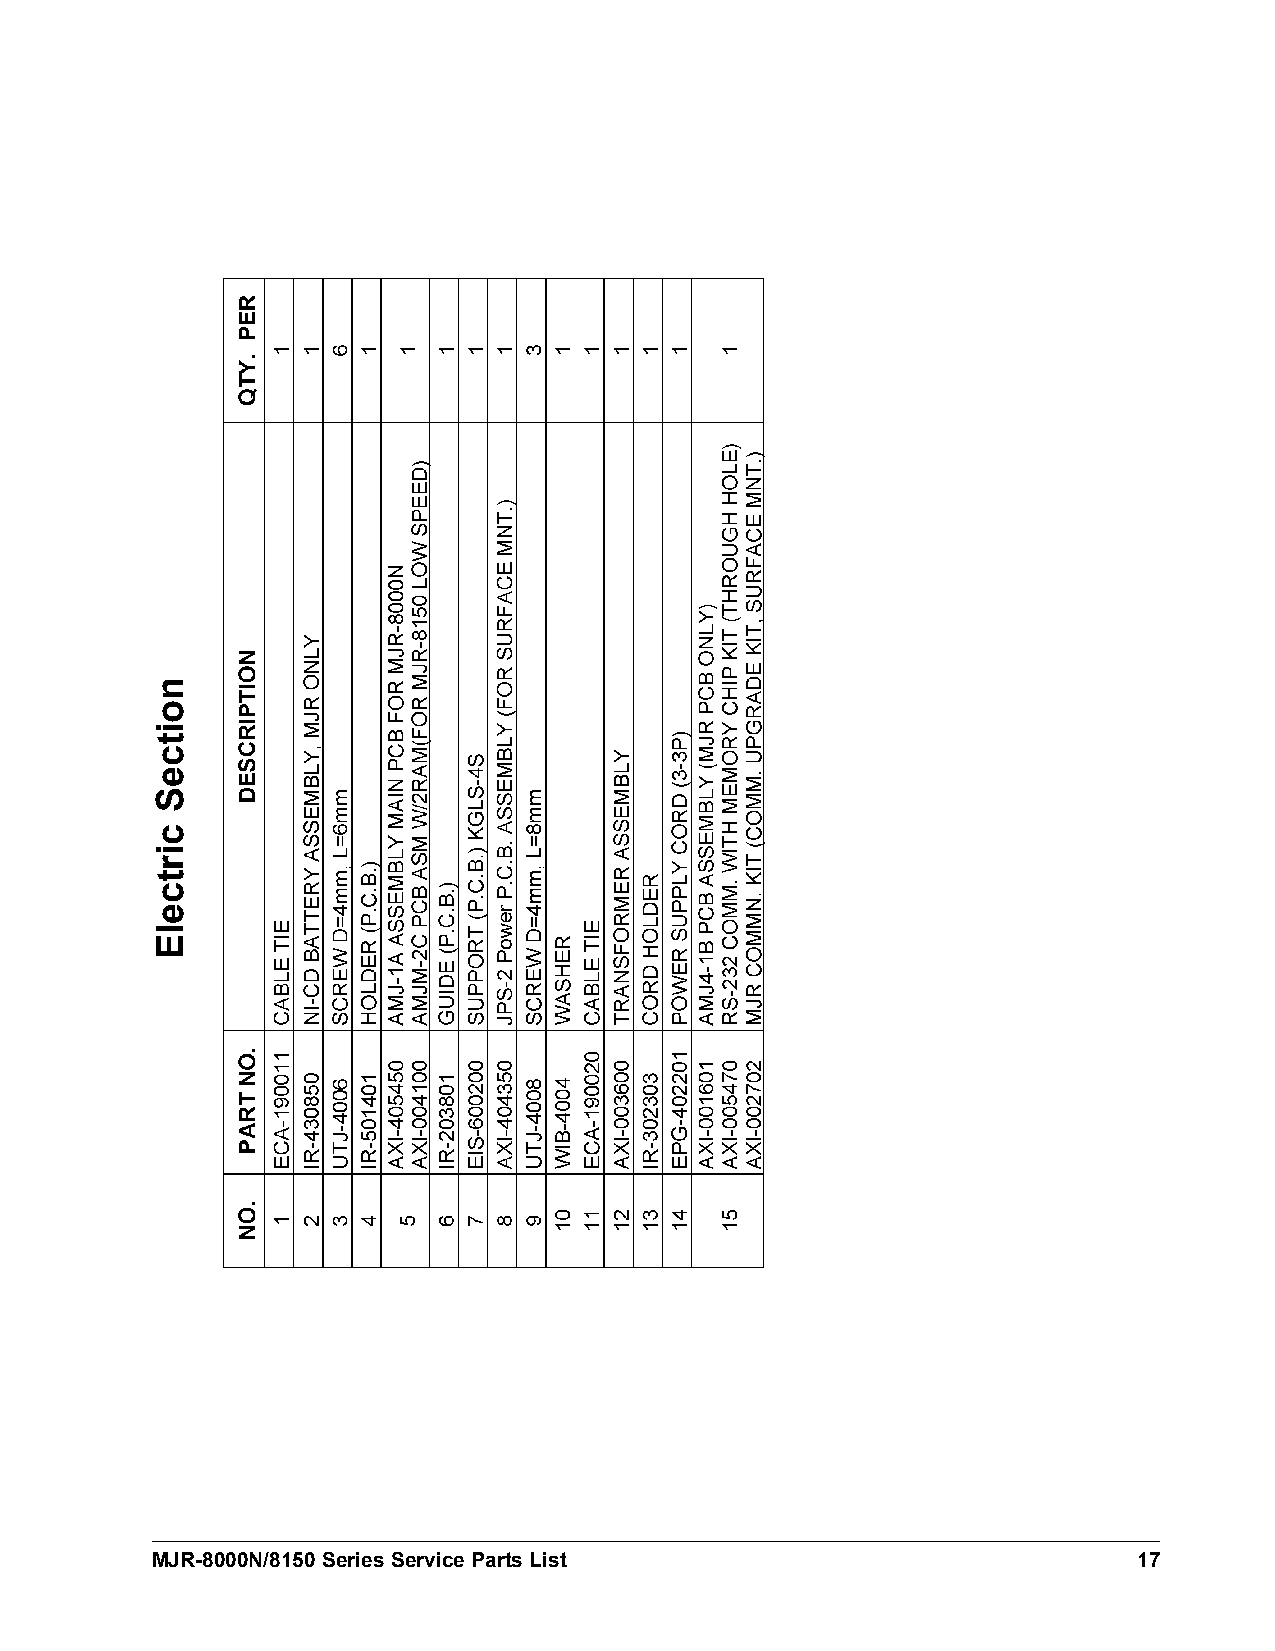
MJR-8000N/8150 Series Service Parts List                         17
 noitceS
 cirtcelE